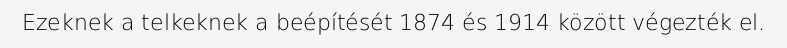
Ezeknek a telkeknek a beépítését 1874 és 1914 között végezték el.